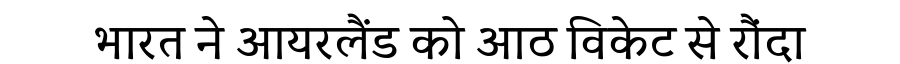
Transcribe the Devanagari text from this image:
भारत ने आयरलैंड को आठ विकेट से रौंदा